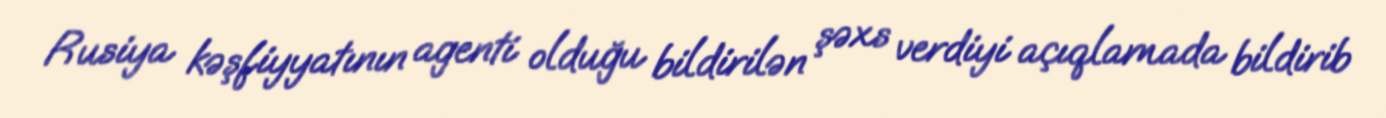
Rusiya kəşfiyyatının agenti olduğu bildirilən şəxs verdiyi açıqlamada bildirib